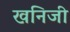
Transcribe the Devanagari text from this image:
खनिजी